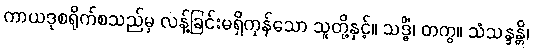
ကာယဒုစရိုက်စသည်မှ လန့်ခြင်းမရှိကုန်သော သူတို့နှင့်။ သဒ္ဓိံ၊ တကွ။ သံသန္ဒန္တိ၊